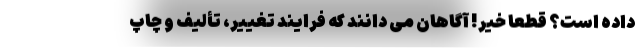
داده است؟ قطعاً خیر! آگاهان می دانند که فرایند تغییر، تألیف و چاپ